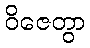
ဝိဇေတွာ